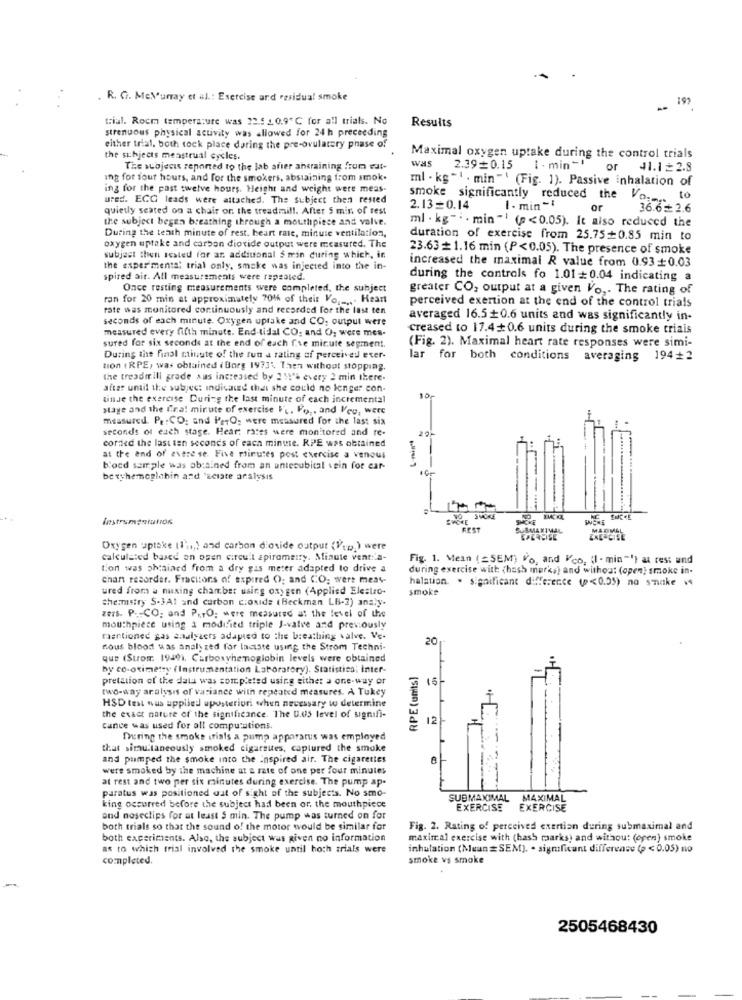
. R. G. MeNurray et al .: Exercise and residual smoke
192
trial. Rocm temperature was 22.5 1 0.9℃ for all trials. No
Results
strenuous physical activity was allowed for 24 h preceeding
either trial. both tock place during the pre-ovulatery phase of
the subjects menstrual cycles.
Maximal oxygen uptake during the control trials
WAS
The suojecis reported to the lab afer ansraining from eur-
2.39=0.15 i . min -*
or 41.1=2.8
ing for four hours, and for the smokers, abstaining from smok
ml . kg "1 . min "' (Fig. 1). Passive inhalation of
ing for the past twelve hours. Height and weight were meas-
ured. ECC leads were attached. The subject then rested
smoke significantly reduced the Vo .... to
quietly seated on a chair or. the treadmill. After 5 min of rest
2.13=0.14
1 . min-1
or
36.62.6
the subject begen breathing through a mouthpiece and valve.
ml . kg. min- (p <0.05). It also reduced the
During the teath minute of rest. heart rate, minute ventilation,
duration of exercise from 25.75+0.85 min to
oxygen uptake and carbon dioxide output were measured. The
23.63 # 1.16 min (P<0.05). The presence of smoke
subject then scaled for ar additional $ min during which, in
increased the maximal R value from 0.93 +0.03
the exper mental trial only, smake was injected into the in-
spired air. All measurements were repealed.
during the controls fo 1.01+0.04 indicating a
Once resting measurements were completed, the subject
greater CO, output at a given Vo ,. The rating of
ran for 20 min at approximately 701% of their Vo ..... Heart
perceived exertion at the end of the control trials
rate was monitored continuously and recorded for the last ten
seconds of each minute. Oxygen uptake and CO. output were
averaged 16.5+0.6 units and was significantly in-
measured every fifth minute. End-tidal CO. and O; were mes-
creased to 17.4 0.6 units during the smoke trials
(Fig. 2). Maximal heart rate responses were simi-
sured for six seconds at the end of euch fre micute segment.
During the final minute of the fun a rating of perceived ever-
lar for both conditions averaging 194+2
tion (RPE, was obtained i Borg 197]\ Then without stopping.
the treadmill grade aus increased by 2 11's every 2 min there-
after until the subject indicated that she could no longer con-
tinde the exercise During the last minute of each incremental
stage and the fira! mirute of exercise It, Fo ,, and Veg, were
measured. P. : CO: and ParO, were measured for the last six
seconds of each stage. Hear: rates were monitored and re-
20-
corned the last ten seconds of each minute. RPE was obtained
L-min".
at the and of avere se. Five minutes post exercise a venous
blood sample was obtained from an antecubical .ein for ear-
betyhemoglobin and 'Eclate analysis
-- 5
Instrumentation
ENCRE
REST
SUBMAXIMAL
MADMAL
CPERDISE
Oxygen uptake (1%,) and carbon dioxide output (Vup ) were
calculated based on ogen circuit spirometry. Minute venta-
Fig. 1. Mean (SEM) Vo, and Vco. (I - min"") a rest and
tion was shained from a dry gas meter adapted to drive a
during exercise with {hash marks) and withos: (open] smoke in-
chan recorder. Fracitons of expired O; and CO; wers meas-
halation. . significant difference (p<0.05) no smake is
ured from a nuxing chamber using oxygen (Applied Elestro-
smoke
chemistry S-3Al and curbon c:oxide (Beckman LB-2) analy.
zers. P .- CO; and P.TO; were measured at the level of the
mouthpiece using a modified triple J-vatve and previously
mentioned gas analyzers adapted to the breathing valve. Ve-
20
nous blood was analy zed for lactate using the Strom Techni-
que (Strom, 1949). Carboxyhemoglobin levels were obtained
by co-oximetry (Instrumentation Laboratory). Statistica; Inter-
RPE (units)
pretation of the data was completed using either a one-way or
two-way aralysis of variance with repeated measures. A Tukey
HSD test wus applied uposterior when necessary to determine
the exact nature of the significance. The U.05 level of signifi-
12
cance was used for all computations.
During the smoke crisis a pump apparatus was employed
that simultaneously smoked cigarsues, captured the smoke
and pumped the smoke into the Inspired air. The cigarettes
were smoked by the machine at a rate of one per four minutes
at rest and two per six minutes during exercise. The pump ap-
paratus was positioned out of sight of the subjects. No smo-
SUBMAXIMAL MAXIMAL
king occurred before the subject had been or, the mouthpiece
EXERCISE
EXERCISE
and nosectips for at least 5 min. The pump was turned on for
both trials so that the sound of the motor would be similar for
Fig. 2. Rating of perceived exertion during submaximal and
both experiments. Also, the subject was given no information
maximal exercise with (hash maarks) and without (open) smoke
as to which trial involved the smoke until hoch trials were
inhalation (Mean =SEM). . significant difference (p < 0.05) no
completed.
smoke vs smoke
2505468430